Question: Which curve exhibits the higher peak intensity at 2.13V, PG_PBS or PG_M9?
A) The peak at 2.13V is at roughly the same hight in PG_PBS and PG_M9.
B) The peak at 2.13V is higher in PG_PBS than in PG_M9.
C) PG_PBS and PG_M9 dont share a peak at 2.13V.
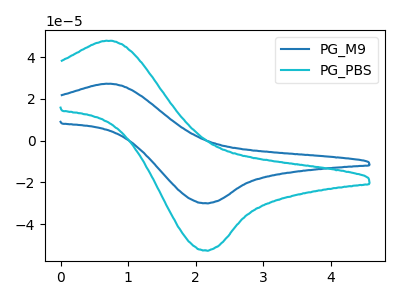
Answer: <think>The blue curve "PG_M9" has an anodic peak at (0.70V, 27.30uA) and a cathodic peak at (2.15V, -29.95uA). The cyan curve "PG_PBS" has an anodic peak at (0.70V, 47.90uA) and a cathodic peak at (2.15V, -52.60uA).</think>
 <answer>B) The peak at 2.13V is higher in "PG_PBS" than in "PG_M9".</answer>
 <eval>B</eval>